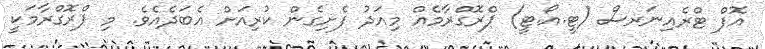
އޮފް ޓްރެއިނަރސް (ޓީ.އޯ.ޓީ) ޕްރޮގްރާމެއް މިއަދު ފެށިގެން ކުރިއަށް އެބަދެއެވެ. މި ޕްރޮގްރާމަކީ